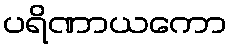
ပရိဏာယကော